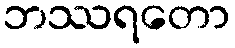
ဘဿရတော